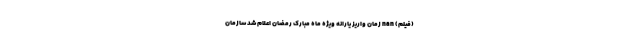
(فیلم) nan زمان واریز یارانه ویژه ماه مبارک رمضان اعلام شد سازمان